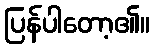
ပြန်ပါတော့၏။